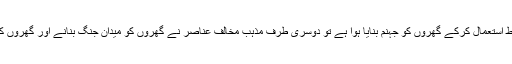
اس کے برعکس اگر بعض مسلم مردوں اور عورتوں نے شریعت کے انتظامات کا غلط استعمال کرکے گھروں کو جہنم بنایا ہوا ہے تو دوسری طرف مذہب مخالف عناصر نے گھروں کو میدان جنگ بنانے اور گھروں کے جھگڑے عدالتوں تک پہنچانے کا سامان کرنے میں کوئی دقیقہ نہیں اٹھا رکھا ہے۔